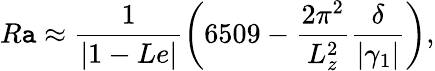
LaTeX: R\mathtt{a}\approx\frac{{1}}{{|1-Le|}}\left(6509-\frac{{2\pi^{2}}}{{L_{z}^{2}}}\frac{{\delta}}{{|\gamma_{1}|}}\right),